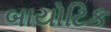
બાયોટિક